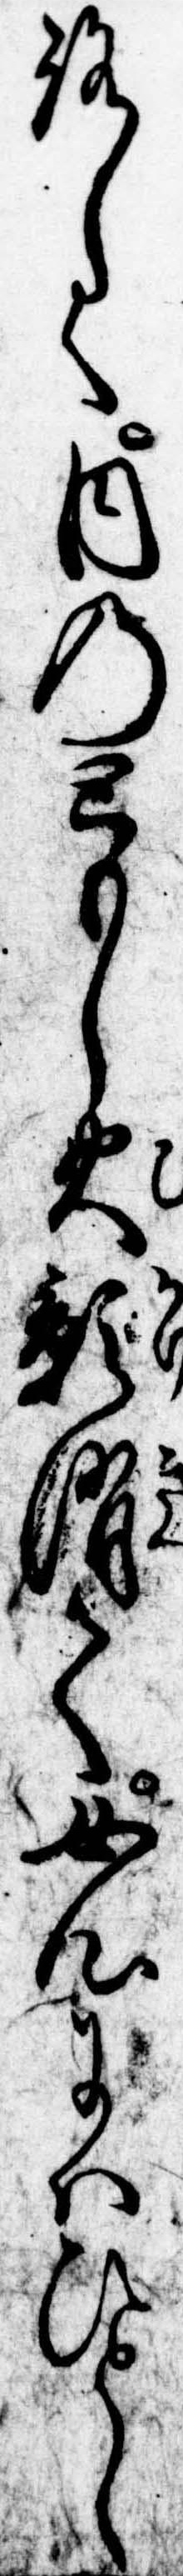
ろしく内のともし火影消て女心にはひとし